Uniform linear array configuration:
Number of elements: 24
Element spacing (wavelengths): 1
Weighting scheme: exponential
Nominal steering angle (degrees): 30
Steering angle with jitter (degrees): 30.599
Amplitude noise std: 0.05
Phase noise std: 0.05

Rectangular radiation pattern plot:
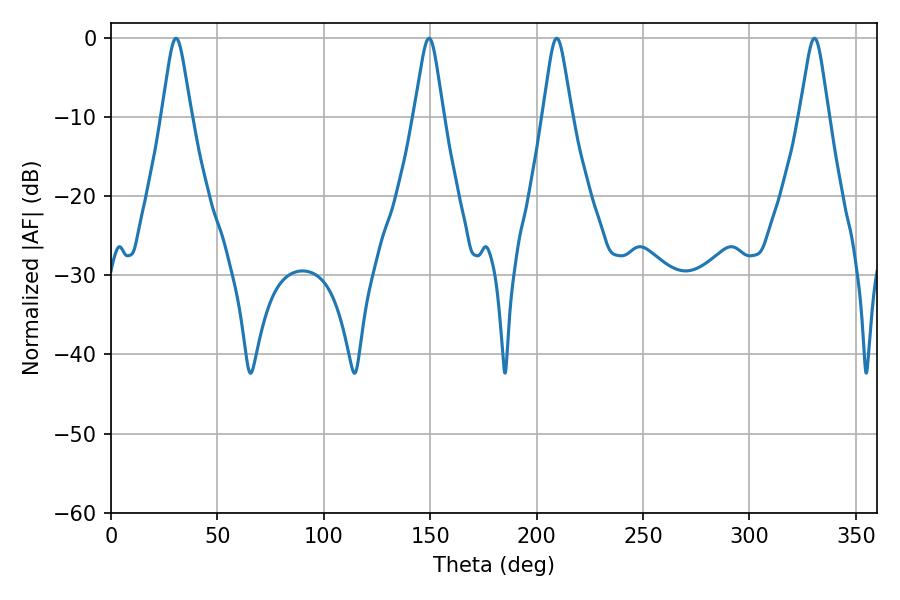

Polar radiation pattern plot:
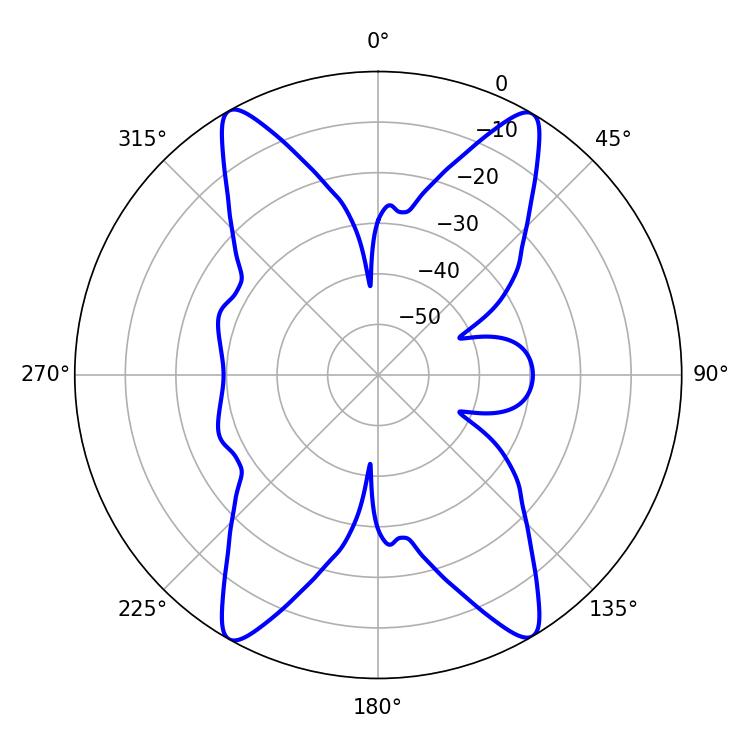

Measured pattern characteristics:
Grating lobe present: TRUE
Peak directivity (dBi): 26.541
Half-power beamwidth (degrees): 6.48
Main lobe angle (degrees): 30.6